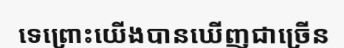
ទេព្រោះយើងបានឃើញជាច្រើន